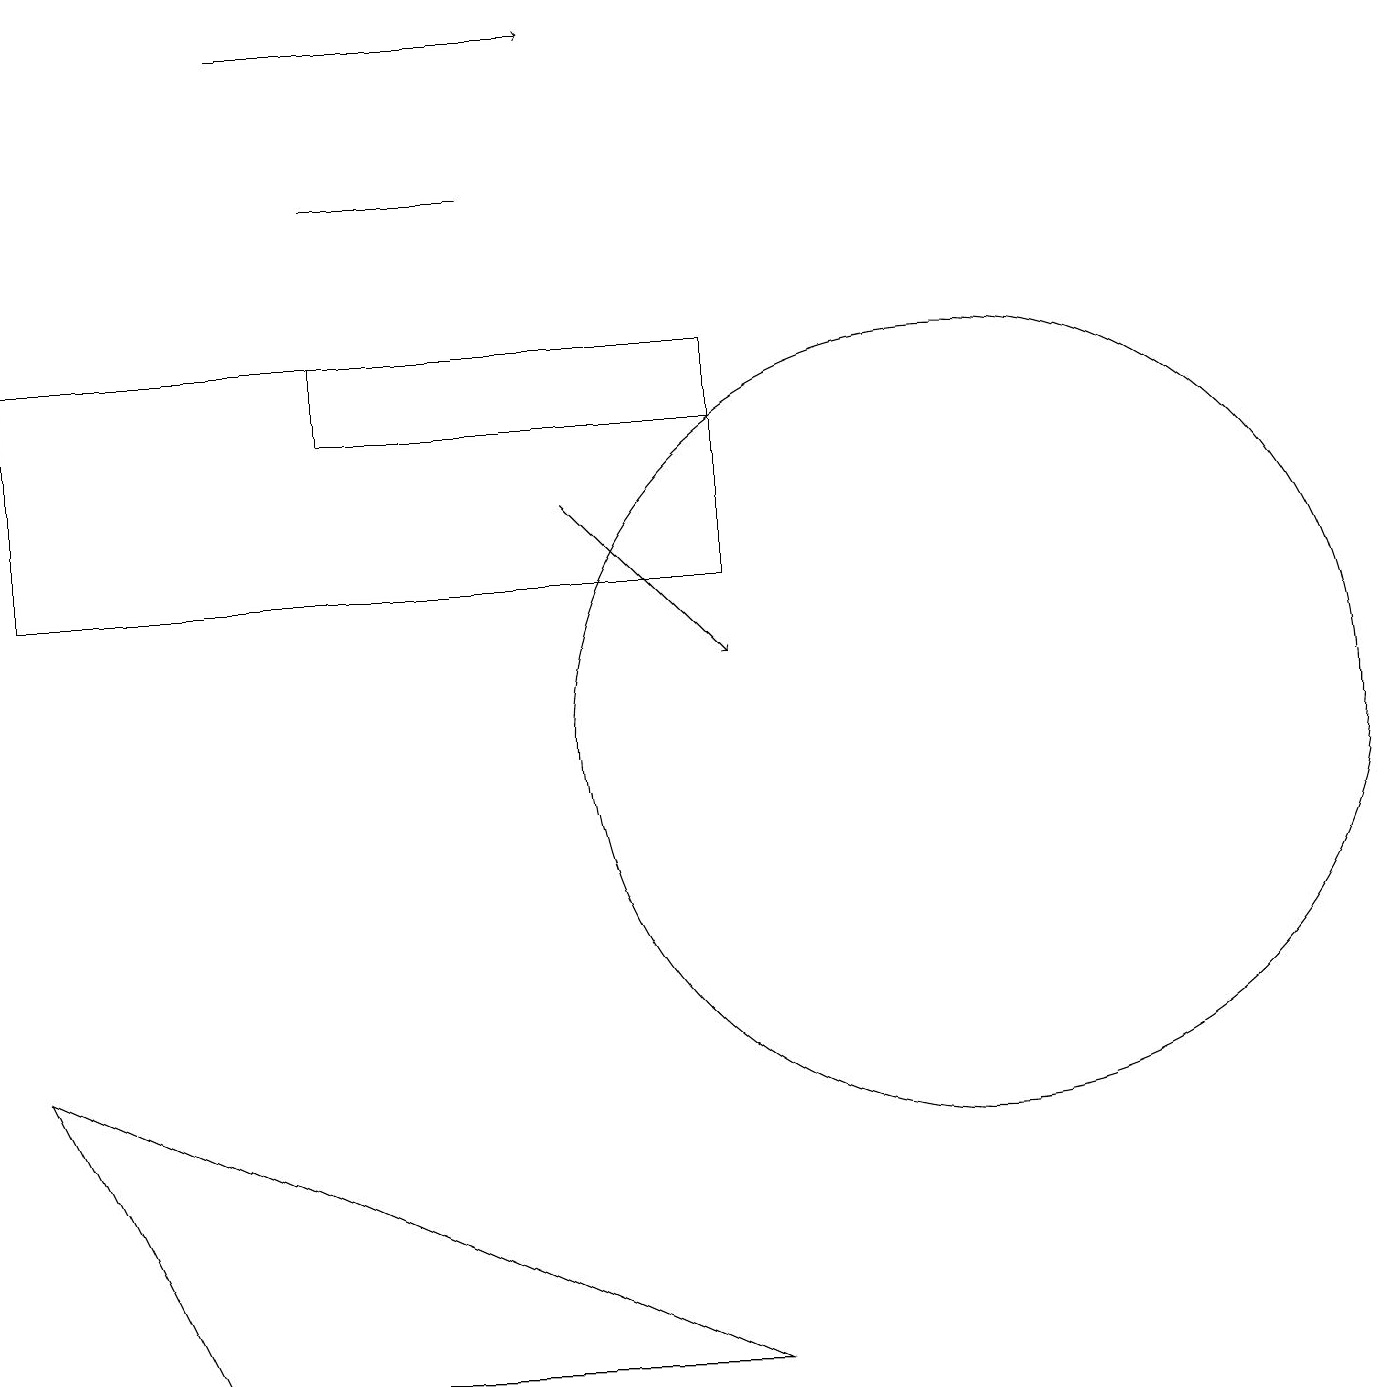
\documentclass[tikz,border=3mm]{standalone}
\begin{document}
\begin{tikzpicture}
\draw (4,15) rectangle (9,14);
\draw[->] (7,13) -- (9,11);
\draw (9,2) -- (2,2) -- (0,6) -- cycle;
\draw (4,17) rectangle (6,17);
\draw[->] (3,19) -- (7,19);
\draw (12,10) circle (5);
\draw (9,12) rectangle (0,15);
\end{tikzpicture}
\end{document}